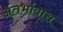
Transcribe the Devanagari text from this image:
अंतर्भावास